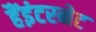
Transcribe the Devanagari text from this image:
हैंइंटरनेट